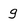
Character: g